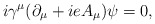
\begin{align*}i{\gamma}^{\mu}({\partial}_{\mu}+ieA_{\mu}){\psi}=0, \end{align*}